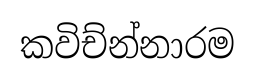
කවිච්න්නාරම